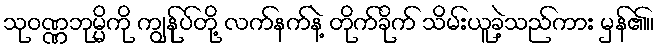
သုဝဏ္ဏဘုမ္မိကို ကျွန်ုပ်တို့ လက်နက်နဲ့ တိုက်ခိုက် သိမ်းယူခဲ့သည်ကား မှန်၏။